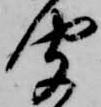
聞